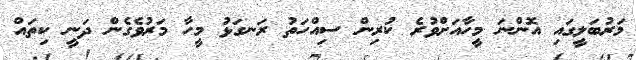
މަރުބަލީގައި އޮންނަ މީހާއަށްވުރެ ކުރިން ސިއްހަތު ރަނގަޅު މީހާ މަރުވެގެން ދަނީ ކިތައް